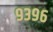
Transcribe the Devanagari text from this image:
९३९६